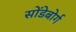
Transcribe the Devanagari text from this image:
सोंडेबोर्ग